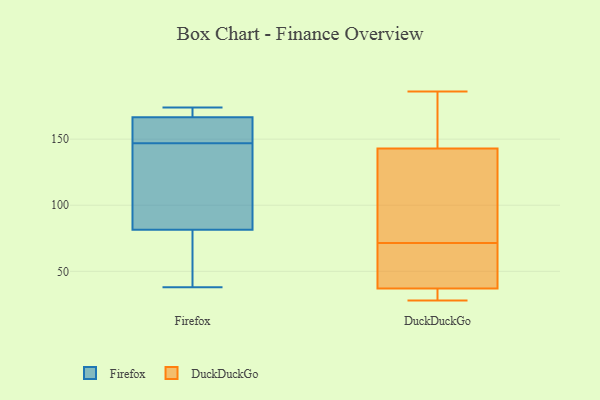
{"axis": {"x": "Headcount", "y": "Value"}, "legend": ["DuckDuckGo", "Firefox"], "data": [{"x": "", "y": 151, "type": "Firefox"}, {"x": "", "y": 143, "type": "Firefox"}, {"x": "", "y": 112, "type": "Firefox"}, {"x": "", "y": 83, "type": "Firefox"}, {"x": "", "y": 174, "type": "Firefox"}, {"x": "", "y": 127, "type": "Firefox"}, {"x": "", "y": 173, "type": "Firefox"}, {"x": "", "y": 174, "type": "Firefox"}, {"x": "", "y": 44, "type": "Firefox"}, {"x": "", "y": 80, "type": "Firefox"}, {"x": "", "y": 159, "type": "Firefox"}, {"x": "", "y": 160, "type": "Firefox"}, {"x": "", "y": 173, "type": "Firefox"}, {"x": "", "y": 69, "type": "Firefox"}, {"x": "", "y": 158, "type": "Firefox"}, {"x": "", "y": 38, "type": "Firefox"}, {"x": "", "y": 77, "type": "DuckDuckGo"}, {"x": "", "y": 28, "type": "DuckDuckGo"}, {"x": "", "y": 173, "type": "DuckDuckGo"}, {"x": "", "y": 157, "type": "DuckDuckGo"}, {"x": "", "y": 64, "type": "DuckDuckGo"}, {"x": "", "y": 35, "type": "DuckDuckGo"}, {"x": "", "y": 44, "type": "DuckDuckGo"}, {"x": "", "y": 145, "type": "DuckDuckGo"}, {"x": "", "y": 37, "type": "DuckDuckGo"}, {"x": "", "y": 28, "type": "DuckDuckGo"}, {"x": "", "y": 37, "type": "DuckDuckGo"}, {"x": "", "y": 58, "type": "DuckDuckGo"}, {"x": "", "y": 93, "type": "DuckDuckGo"}, {"x": "", "y": 95, "type": "DuckDuckGo"}, {"x": "", "y": 32, "type": "DuckDuckGo"}, {"x": "", "y": 129, "type": "DuckDuckGo"}, {"x": "", "y": 186, "type": "DuckDuckGo"}, {"x": "", "y": 156, "type": "DuckDuckGo"}, {"x": "", "y": 66, "type": "DuckDuckGo"}, {"x": "", "y": 141, "type": "DuckDuckGo"}]}